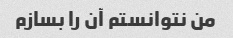
من نتوانستم آن را بسازم